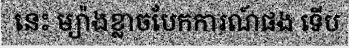
នេះ ម្យ៉ាងខ្លាចបែកការណ៍ផង ទើប